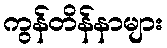
ကွန်တိန်နာများ